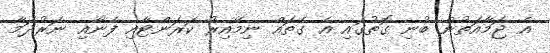
އެ ޖަމާއަތުން ބުނި ގޮތުގައި އެ ގެތައް ނިމޭއިރު ކަރަންޓާއި ފެނާއި ނަރުދަމާ